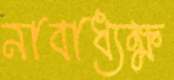
নাবাধ্যক্ষ